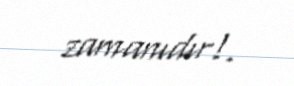
zamanıdır!.